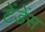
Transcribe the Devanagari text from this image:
टेंडेंस